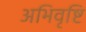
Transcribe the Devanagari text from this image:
अभिवृष्टि